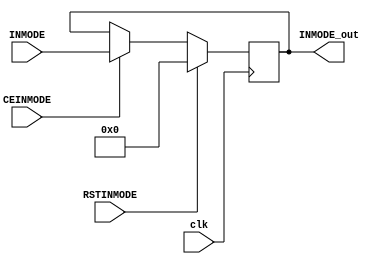
module INMODE_REG#(parameter INMODEREG = 1)(
    input         clk,
    input         RSTINMODE,
    input         CEINMODE,
    input  [4:0]  INMODE,
    output [4:0]  INMODE_out
);
   reg [4:0] INMODE_Rg;
   
   always @(posedge clk) begin
       if (RSTINMODE || INMODEREG == 'b0) begin
           INMODE_Rg <= 'b0;
       end
       else if (CEINMODE) begin
           INMODE_Rg <= INMODE;
       end    
   end
    
    assign INMODE_out = INMODEREG ? INMODE_Rg: INMODE;
    	
endmodule